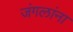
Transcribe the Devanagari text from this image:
जंगलांना